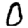
Digit: 0